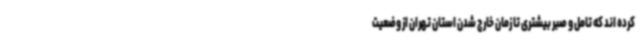
کرده اند که تامل و صبر بیشتری تا زمان خارج شدن استان تهران از وضعیت